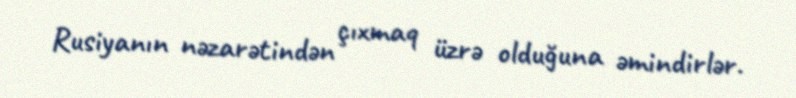
Rusiyanın nəzarətindən çıxmaq üzrə olduğuna əmindirlər.